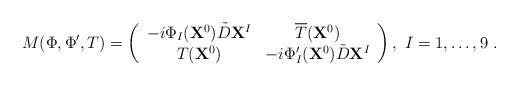
LaTeX: \begin{align*}M(\Phi,\Phi',T)=\left(\begin{array}{cc}-i\Phi_I({\bf X}^{0})\tilde{D}{\bf X}^I & \overline{T}({\bf X}^{0}) \\T({\bf X}^{0}) & -i\Phi_I'({\bf X}^{0})\tilde{D}{\bf X}^{I}\\ \end{array}\right) ,\ I=1,\dots, 9 \ .\end{align*}